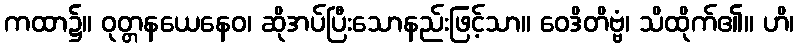
ကထာ၌။ ဝုတ္တနယေနေဝ၊ ဆိုအပ်ပြီးသောနည်းဖြင့်သာ။ ဝေဒိတိဗ္ဗံ၊ သိထိုက်၏။ ဟိ၊